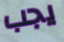
يجب